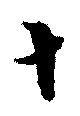
十